Civil Veterinary Department Bihar & Orissa reports 1922-29 - 1922-1929
Year: 1922
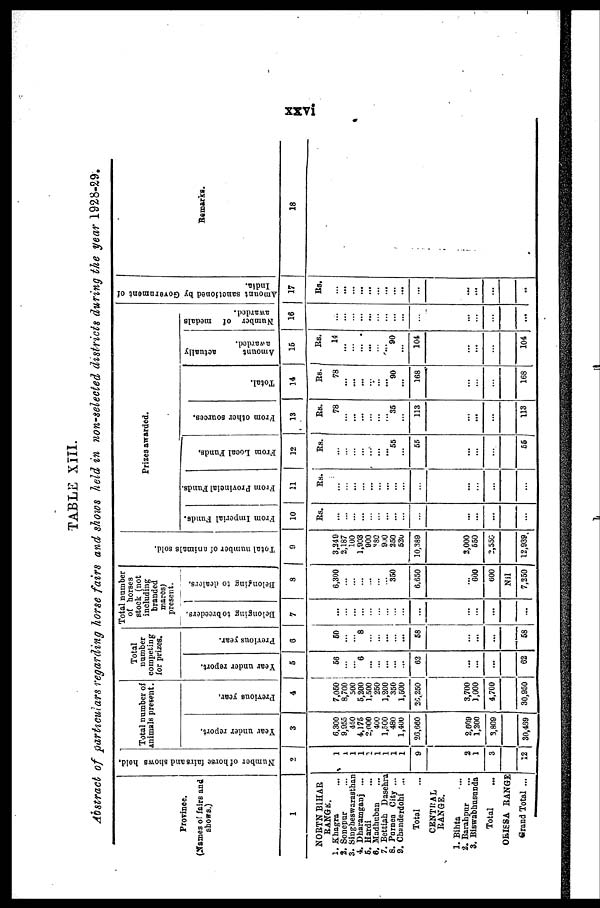
TABLE XIII.
Abstract of particulars regarding horse fairs and shows held in non-selected districts during the year 1928-29.
Province.
(Names of fairs and
shows.)
1
NORTH BIHAR
RANGE*.
1. Khagra ...
2. Soncpur ...
3. Singheswarasthan
4. Dharamgani ...
6. Hardi ...
6. Madbuban ...
7. Bettiah Daschra
8. Purnea City ...
9. Chunderdohi ...
Total ...
CENTRAL
RANGE.
1. Bihta ...
2. Barahpur
...
3. Biswabhusanda
Total ...
ORISSA RANGE
Grand Total ...
Number of horse fairs and shows held.
2
1
1
1
1
1
1
1
1
1
1
9
2
1
3
12
Total number of
animals present.
Year under report.
3
6,300
9,955
450
4,175
2,000
400
l,500
480
1,400
20,660
2,609
1,300
3,800
30,459
Previous year.
4
7,050
8,700
500
5,200
1,500
250
1,200
350
1,500
26,250
3,700
1,000
4,700
30,950
Total
number
competing
for prizes.
Year under report.
5
56
...
...
6
...
...
...
...
...
62
...
...
62
Previous year.
6
60
...
... 8
...
...
Total number
of horses
stock (not
including
branded
mares)
present.
Belonging to breeders.
7
...
...
...
68
...
...
...
68
Belonging to drain's.
8
6,300
350
0.C50
600
(500
Nil
7,350
Total number of animals sold.
9
3,349
2,187
100
1,003
900
80
9.,0
250
520
10,389
3,000
550
2,556
12,939
Prizes awarded.
Fr om I mpe r i a l Funds .
10
Rs.
From Provincial Funds.
11
From Local Funds,
12
Rs.
Rs.
...
...
...
...
...
... |
...
...
55
55
56
From other sources.
13
Rs.
78
...
35
113
...
113
Total.
14
Rs.
78
90
168
...
168
actually
Amo u n t
awarded.
16
Rs.
14
...
90
104
104
Number of medals
awarded.
16
...
Amount sanctioned by Government of
India.
17
Rs.
...
...
...
...
...
...
...
Remarks.
18